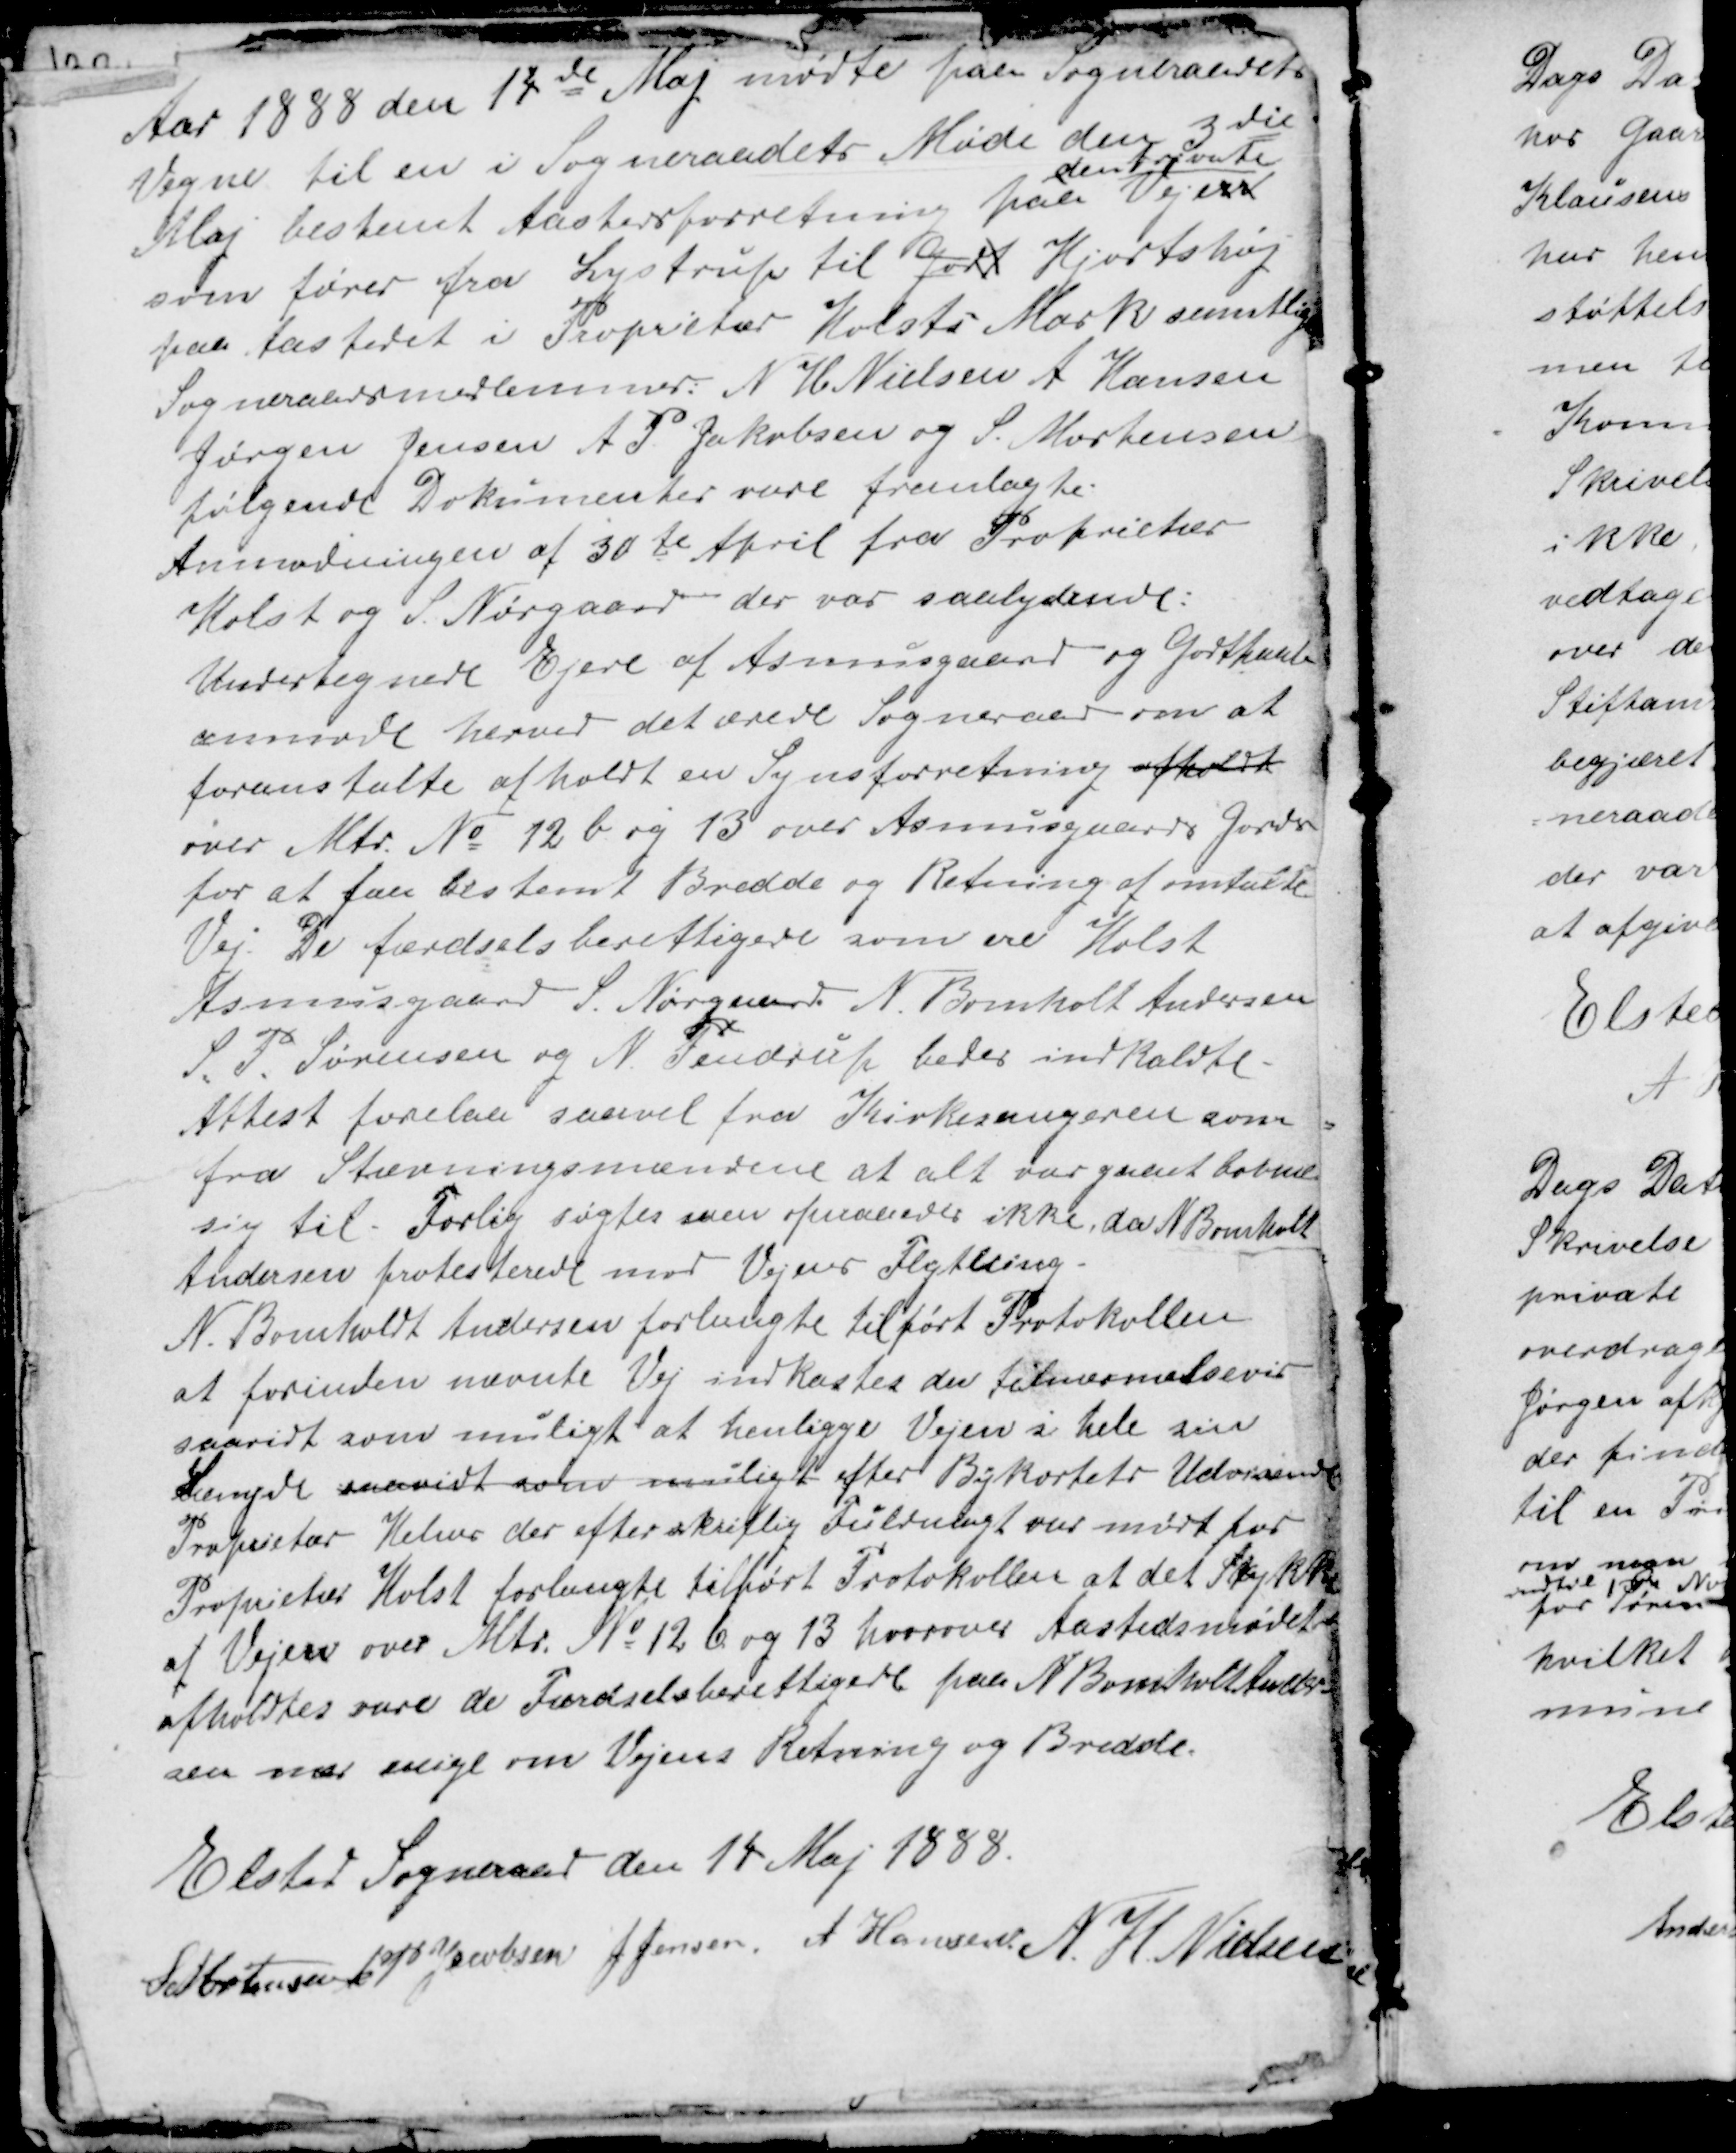
Transskription:
Aar 1888 den 14de Maj mødte på Sogneraadets
Vegne til en i Sogneraadets Møde den 3die
Maj bestemt Aastedforretning paa
den private
Vej en
som fører fra Lystrup til Godt Hjortshøj
paa Aastedet i Proprietær Holsts Mark samtlige
Sogneraadsmedlemmer: N H Nielsen A Hansen
Jørgen Jensen A P. Jacobsen og S. Mortensen
følgende Dokumenter vare fremlagte.
Anmodningen af 30te April fra Proprietær
Holst og S. Nørgaard der var saalydende :
Undertegnede Ejere af Asmusgaard og Godthaab
anmode hermed det ærede Sogneraad om at
foranstalte afholdt en Synsforretning afholdt
over Mtr No 12 b og 13 over Asmusgaards Jorder
for at faa bestemt Bredde og Retning af omtalte
Vej. De færdselsberettigede som ere Holst
Asmusgaard S. Nørgaard N. Bomholt Andersen
S. P. Sørensen og N. Tendrup bedes indkaldte.
Attest forelaa saavel fra Kirkesangeren som
fra Stævningsmændene at alt var gaaet Cobusl
sig til. Forlig søgtes men opnaaedes ikke, da Bomholt
Andersen protestede mod Vejens Flytting.
N. Bomholt Andersen forlangte tilført Protokollen
at forinden nævnte Vej indkastes der tilnærmelsesvis
saavidt som muligt at henligge Vejen i hele sin
Længde saavidt som muligt efter Bykortets Udvisende
Proprietær Helms der efter skriftlig Fuldmagt var mødt for
Proprietær Holst forlangte tilført Protokollen at det Stykke
af Vejen over Mtr No 12 b og 13 hvorover Aastedsmødet
afholdtes vare de Færdselsberettigede paa N Bomholt Ander-
sen nær enige om Vejens Retning og Bredde.

Elsted Sogneraad den 14 Maj 1888.
S Mortensen A P Jacobsen J Jensen. A Hansen N. H. Nielsen